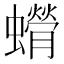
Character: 𫋥